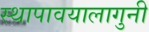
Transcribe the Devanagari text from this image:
स्थापावयालागुनी